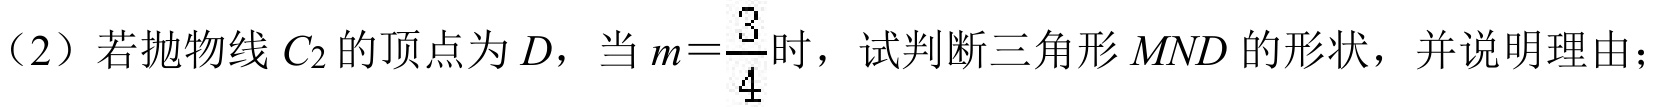
（2）若抛物线\(C_{2}\)的顶点为\(D\)，当\(m = \frac{3}{4}\)时，试判断三角形\(MND\)的形状，并说明理由；